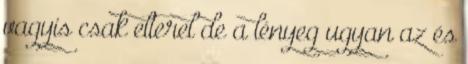
vagyis csak elterel de a lényeg ugyan az és